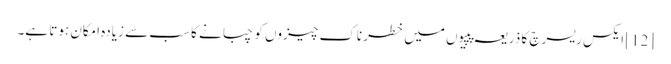
[12] ایکس ریسرچ کا ذریعہ پپیوں میں خطرناک چیزوں کو چبانے کا سب سے زیادہ امکان ہوتا ہے۔